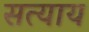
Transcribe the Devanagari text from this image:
सत्याय